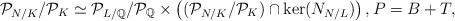
LaTeX: \begin{align*}\mathcal{P}_{N/K}/\mathcal{P}_K\simeq\mathcal{P}_{L/\mathbb{Q}}/\mathcal{P}_{\mathbb{Q}}\times\left((\mathcal{P}_{N/K}/\mathcal{P}_K)\cap\ker(N_{N/L})\right), P=B+T,\end{align*}